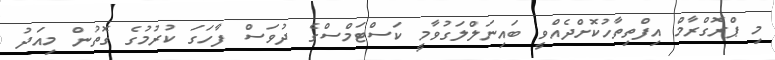
މި ޕްރޮގްރާމް އިފްތިތާހުކޮށްދެއްވީ ބައިނަލްލަގުވާމީ ކަސްޓަމްސްގެ ދުވަސް ފާހަގަ ކުރުމުގެ ގޮތުން މިއަދު